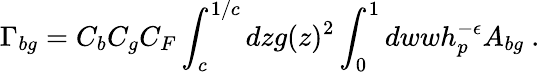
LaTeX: \Gamma_{bg}=C_{b}C_{g}C_{F}\int_{c}^{1/c}dzg(z)^{2}\int_{0}^{1}dwwh_{p}^{-\epsilon}A_{bg}~.